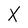
Character: X